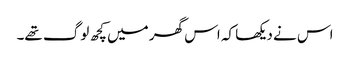
اس نے دیکھا کہ اس گھر میں کچھ لوگ تھے۔